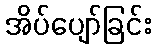
အိပ်ပျော်ခြင်း